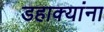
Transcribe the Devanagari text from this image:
डहाक्यांना